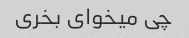
چی میخوای بخری